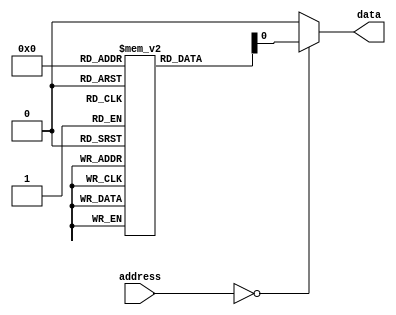
module anti_fuse_rom(
    input wire [7:0] address,
    output reg data
);

reg [7:0] memory [0:255]; // 256 memory locations

initial begin
    // Initialize memory array with programmed values
    // For example: memory[0] = 8'b11001100;
end

always @(*) begin
    case(address)
        8'd0: data = memory[0];
        // Add more cases for other memory locations
        default: data = 8'b0; // Default output if address is invalid
    endcase
end

endmodule